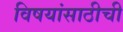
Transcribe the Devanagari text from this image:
विषयांसाठीची